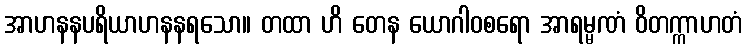
အာဟနနပရိယာဟနနရသော။ တထာ ဟိ တေန ယောဂါဝစရော အာရမ္မဏံ ဝိတက္ကာဟတံ